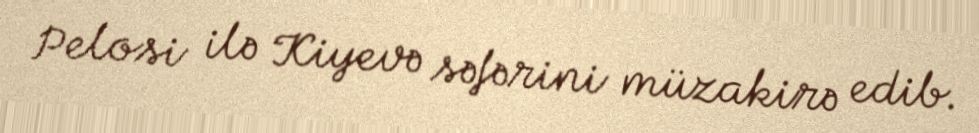
Pelosi ilə Kiyevə səfərini müzakirə edib.